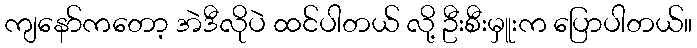
ကျနော်ကတော့ အဲဒီလိုပဲ ထင်ပါတယ် လို့ ဦးစီးမှူးက ပြောပါတယ်။